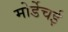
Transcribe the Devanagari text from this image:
मोर्डेचई